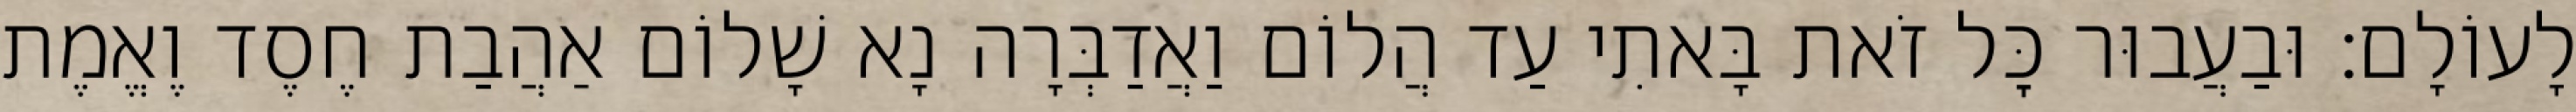
לָעוֹלָם: וּבַעֲבוּר כׇּל זֹאת בָּאתִי עַד הֲלוֹם וַאֲדַבְּרָה נָא שָׁלוֹם אַהֲבַת חֶסֶד וֶאֱמֶת